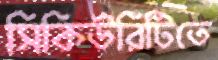
সিকিউরিটিতে